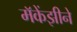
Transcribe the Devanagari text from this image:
मॅकेंझीने